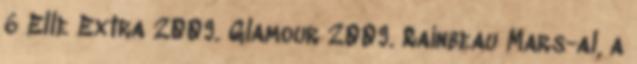
6 Elle Extra 2009. Glamour 2009. Rainbeau Mars-al, a